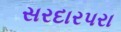
સરદારપરા